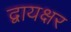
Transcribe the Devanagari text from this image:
द्वायक्षर